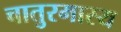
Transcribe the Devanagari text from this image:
चातुरमास्य